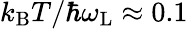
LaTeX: k_{\mathrm{B}}T/\hbar\omega_{\mathrm{L}}\approx 0.1